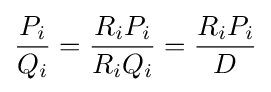
{\frac {P_{i}}{Q_{i}}}={\frac {R_{i}P_{i}}{R_{i}Q_{i}}}={\frac {R_{i}P_{i}}{D}}